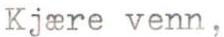
Kjære venn,